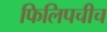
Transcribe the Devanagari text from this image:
फिलिपचीच